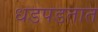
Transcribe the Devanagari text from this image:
धडपडतात